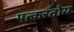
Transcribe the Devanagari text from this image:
पत्करतोय